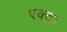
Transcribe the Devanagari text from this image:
एक्ट्रा